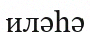
иләһә